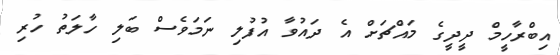
އިބްރާހީމް ދީދީގެ މައްޗަށް އެ ދައުވާ އުފުލި ނަމަވެސް ބަލި ހާލަތު ހުރި